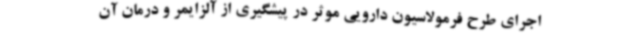
اجرای طرح فرمولاسیون دارویی موثر در پیشگیری از آلزایمر و درمان آن